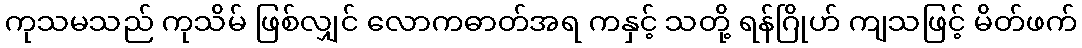
ကုသမသည် ကုသိမ် ဖြစ်လျှင် လောကဓာတ်အရ ကနှင့် သတို့ ရန်ဂြိုဟ် ကျသဖြင့် မိတ်ဖက်